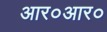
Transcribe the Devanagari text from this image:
आर०आर०